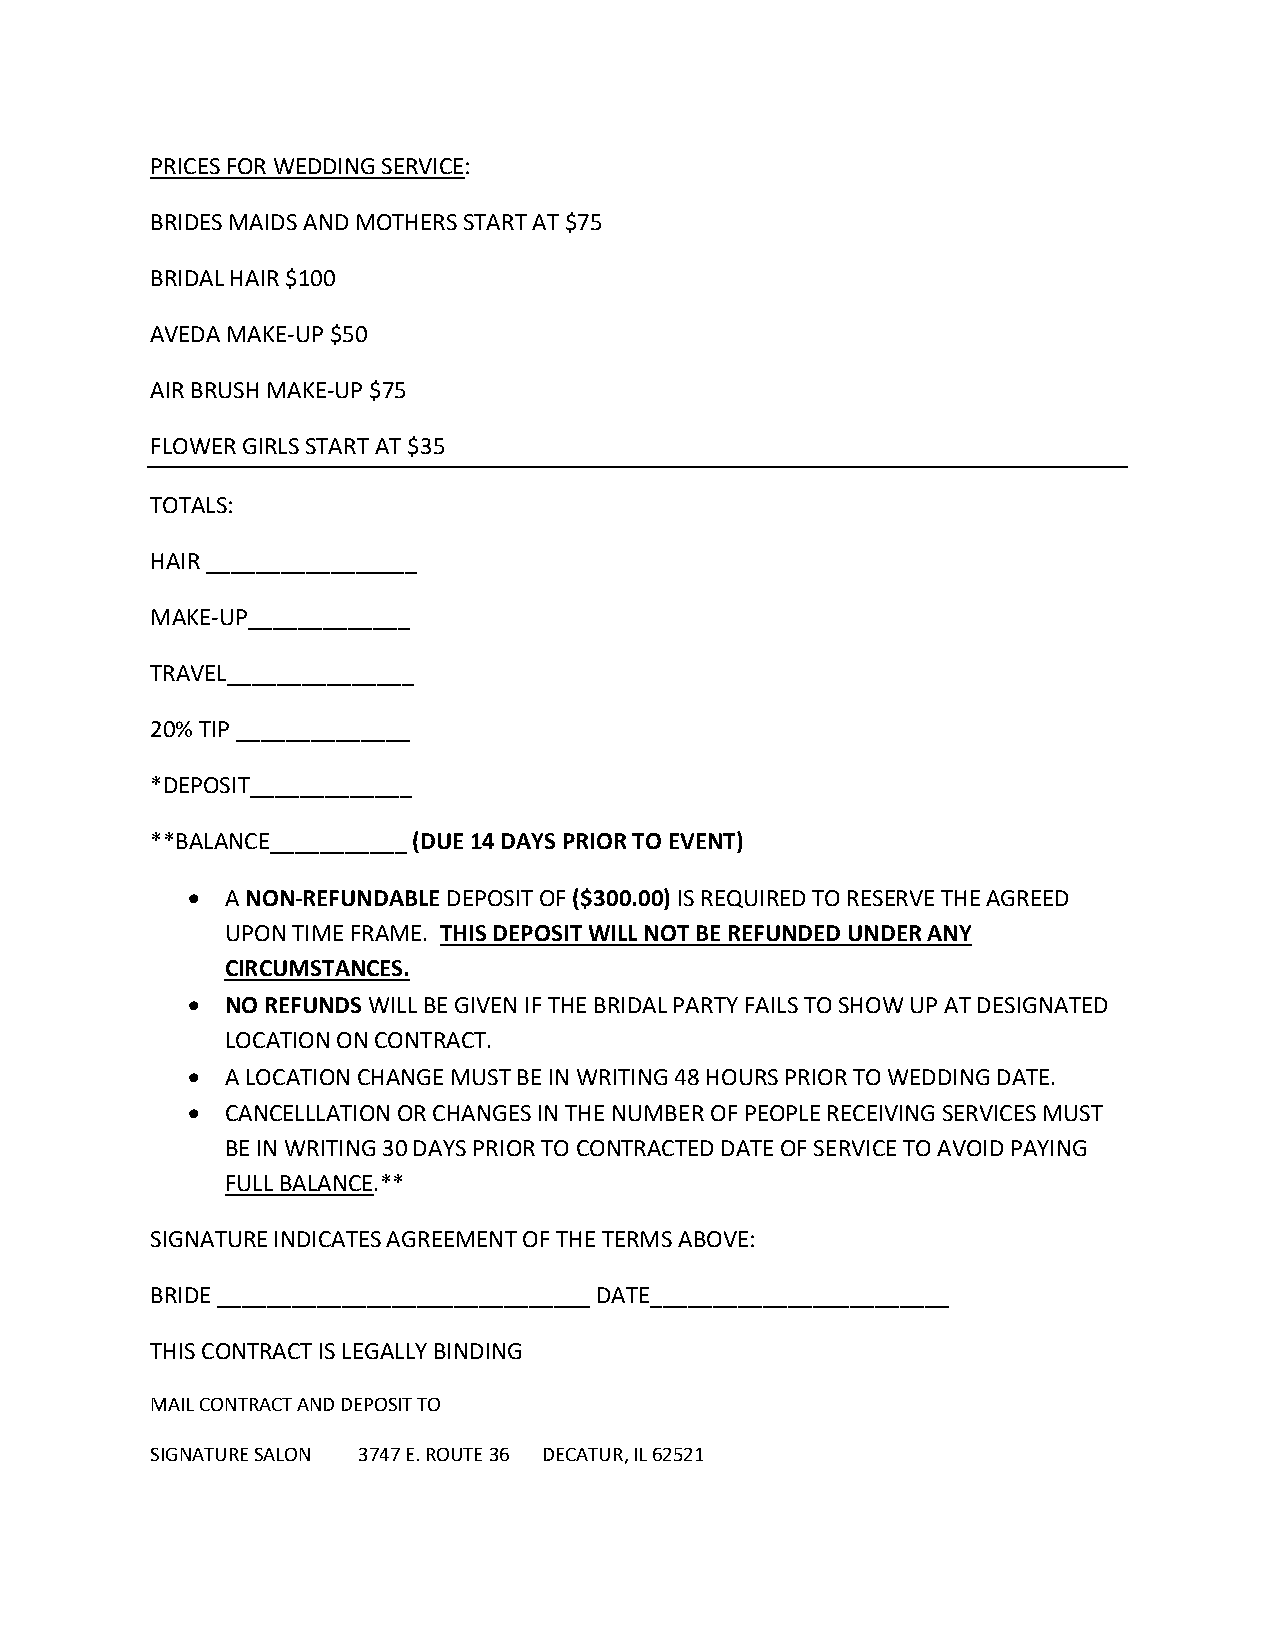
PRICES FOR WEDDING SERVICE:
 BRIDES MAIDS AND MOTHERS START AT $75
 BRIDAL HAIR $100
 AVEDA MAKE-UP $50
 AIR BRUSH MAKE-UP $75
 FLOWER GIRLS START AT $35
 TOTALS:
 HAIR _________________
 MAKE-UP_____________
 TRAVEL_______________
 20% TIP ______________
 *DEPOSIT_____________
 **BALANCE___________ (DUE 14 DAYS PRIOR TO EVENT)
 •  A NON-REFUNDABLE DEPOSIT OF ($300.00) IS REQUIRED TO RESERVE THE AGREED
 UPON TIME FRAME. THIS DEPOSIT WILL NOT BE REFUNDED UNDER ANY
 CIRCUMSTANCES.
 •  NO REFUNDS WILL BE GIVEN IF THE BRIDAL PARTY FAILS TO SHOW UP AT DESIGNATED
 LOCATION ON CONTRACT.
 •  A LOCATION CHANGE MUST BE IN WRITING 48 HOURS PRIOR TO WEDDING DATE.
 •  CANCELLLATION OR CHANGES IN THE NUMBER OF PEOPLE RECEIVING SERVICES MUST
 BE IN WRITING 30 DAYS PRIOR TO CONTRACTED DATE OF SERVICE TO AVOID PAYING
 FULL BALANCE.**
 SIGNATURE INDICATES AGREEMENT OF THE TERMS ABOVE:
 BRIDE ______________________________ DATE________________________
 THIS CONTRACT IS LEGALLY BINDING
 MAIL CONTRACT AND DEPOSIT TO
 SIGNATURE SALON 3747 E. ROUTE 36 DECATUR, IL 62521